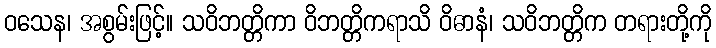
ဝသေန၊ အစွမ်းဖြင့်။ သဝိဘတ္တိကာ ဝိဘတ္တိကရာသိ ဝိဓာနံ၊ သဝိဘတ္တိက တရားတို့ကို